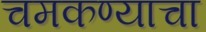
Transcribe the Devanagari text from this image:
चमकण्याचा